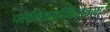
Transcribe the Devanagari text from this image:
पल्लिक्कोविलकम